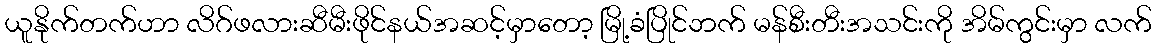
ယူနိုက်တက်ဟာ လိဂ်ဖလားဆီမီးဖိုင်နယ်အဆင့်မှာတော့ မြို့ခံပြိုင်ဘက် မန်စီးတီးအသင်းကို အိမ်ကွင်းမှာ လက်